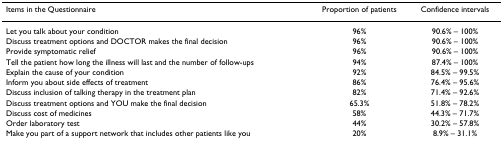
<table><thead><tr><td><b>Items in the Questionnaire</b></td><td><b>Proportion of patients</b></td><td><b>Confidence intervals</b></td></tr></thead><tbody><tr><td>Let you talk about your condition</td><td>96%</td><td>90.6% – 100%</td></tr><tr><td>Discuss treatment options and DOCTOR makes the final decision</td><td>96%</td><td>90.6% – 100%</td></tr><tr><td>Provide symptomatic relief</td><td>96%</td><td>90.6% – 100%</td></tr><tr><td>Tell the patient how long the illness will last and the number of follow-ups</td><td>94%</td><td>87.4% – 100%</td></tr><tr><td>Explain the cause of your condition</td><td>92%</td><td>84.5% – 99.5%</td></tr><tr><td>Inform you about side effects of treatment</td><td>86%</td><td>76.4% – 95.6%</td></tr><tr><td>Discuss inclusion of talking therapy in the treatment plan</td><td>82%</td><td>71.4% – 92.6%</td></tr><tr><td>Discuss treatment options and YOU make the final decision</td><td>65.3%</td><td>51.8% – 78.2%</td></tr><tr><td>Discuss cost of medicines</td><td>58%</td><td>44.3% – 71.7%</td></tr><tr><td>Order laboratory test</td><td>44%</td><td>30.2% – 57.8%</td></tr><tr><td>Make you part of a support network that includes other patients like you</td><td>20%</td><td>8.9% – 31.1%</td></tr></tbody></table>